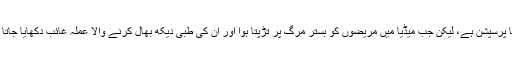
میڈیا میں ڈاکٹر برادری کا پرسپشن ایک قابل احترام پیشے کا پرسپشن ہے، لیکن جب میڈیا میں مریضوں کو بسترِ مرگ پر تڑپتا ہوا اور ان کی طبی دیکھ بھال کرنے والا عملہ غائب دکھایا جاتا ہے تو اس سے پیشہءطب کا پرسپشن شدید مجروح ہوتا ہے۔